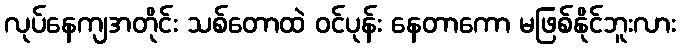
လုပ်နေကျအတိုင်း သစ်တောထဲ ဝင်ပုန်း နေတာကော မဖြစ်နိုင်ဘူးလား